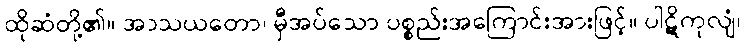
ထိုဆံတို့၏။ အာသယတော၊ မှီအပ်သော ပစ္စည်းအကြောင်းအားဖြင့်။ ပါဋိကုလျံ၊